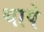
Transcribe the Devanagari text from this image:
थापे